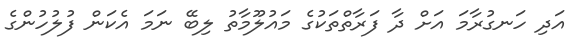
އަދި ހަނގުރާމަ އަށް ދާ ފަރާތްތަކުގެ މައުލޫމާތު ލިބޭ ނަމަ އެކަން ފުލުހުންގެ